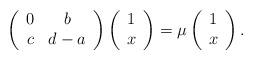
LaTeX: \begin{align*}\left(\begin{array}{cc}0&b \\c&d-a \\\end{array}\right)\left(\begin{array}{c}1 \\x \\\end{array}\right)=\mu\left(\begin{array}{c}1 \\x \\\end{array}\right).\end{align*}